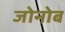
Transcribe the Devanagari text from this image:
जोनोब